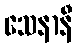
သေနာနီ